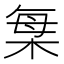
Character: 𣒫